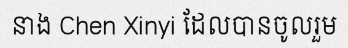
នាង Chen Xinyi ដែលបានចូលរួម